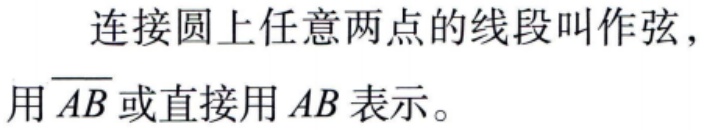
连接圆上任意两点的线段叫作弦，用\(\overline{AB}\)或直接用\(AB\)表示。